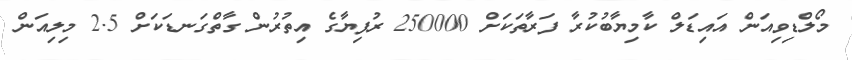
މޯލްޑިވިއަން އައިޑަލް ކާމިޔާބުކުރާ ފަރާތަކަށް 250000 ރުފިޔާގެ އިތުރުން ގާތްގަނޑަކަށް 2.5 މިލިއަން